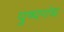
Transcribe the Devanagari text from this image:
पुष्पगंध